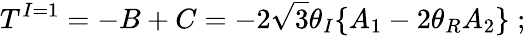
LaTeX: T^{I=1}=-B+C=-2\sqrt{3}\theta_{I}\{ A_{1}-2\theta_{R}A_{2}\} \; ;